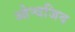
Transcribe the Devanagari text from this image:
ओन्दजिव